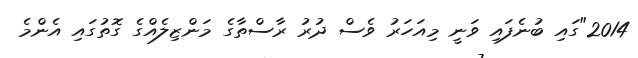
2014"ގައި ބުނެފައި ވަނީ މިއަހަރު ވެސް ދުރު ރާސްތާގެ މަންޒިލެއްގެ ގޮތުގައި އެންމެ